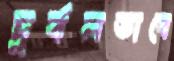
দুর্বলভাবে